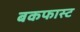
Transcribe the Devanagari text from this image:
बकफास्ट